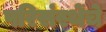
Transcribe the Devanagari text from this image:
परिसंस्थेंचे